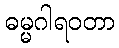
ဓမ္မဂါရဝတာ